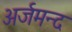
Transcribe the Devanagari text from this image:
अर्जमन्द